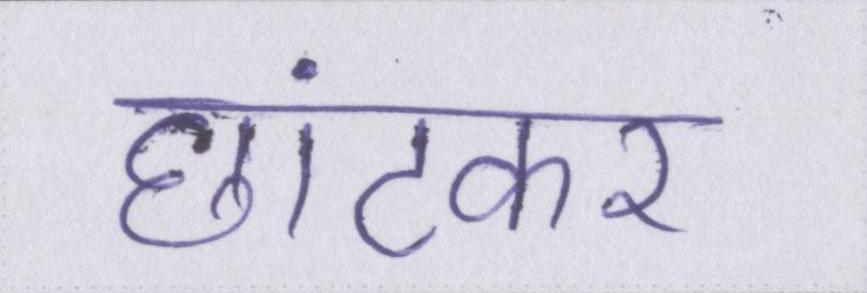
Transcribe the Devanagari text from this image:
छांटकर